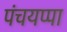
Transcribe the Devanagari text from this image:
पंचयप्पा